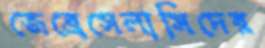
জেব্রেসেলাসিদের